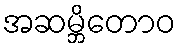
အဆမ္ဘိတောဝ